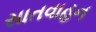
સાતવાહન